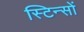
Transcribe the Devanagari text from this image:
स्टिन्सों